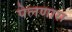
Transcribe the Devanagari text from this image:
पेलणारा